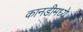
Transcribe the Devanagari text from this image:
कानडीमध्ये